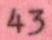
43